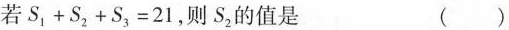
若$$S _ { 1 } + S _ { 2 } + S _ { 3 } = 2 1$$，则S_{2}的值是()